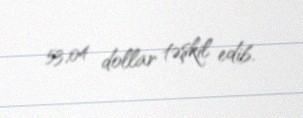
53,04 dollar təşkil edib.